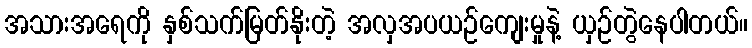
အသားအရေကို နှစ်သက်မြတ်နိုးတဲ့ အလှအပယဉ်ကျေးမှုနဲ့ ယှဉ်တွဲနေပါတယ်။